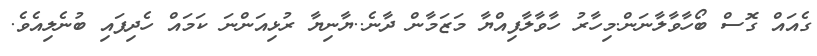
ގެއައް ގޮސް ބޯހާވާލާނަން.މިހާރު ހާވާލާފިއްޔާ މަޒަމާން ދާނެ..ޔާނިޔާ ރުޅިއަންނަ ކަމައް ހެދިފައި ބުނެލިއެވެ.